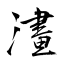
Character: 澅